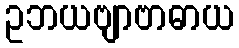
ဥဘယဗျာဗာဓာယ